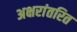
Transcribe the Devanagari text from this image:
अक्षरांतरित